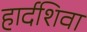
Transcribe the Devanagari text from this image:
हार्दशिवा